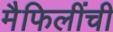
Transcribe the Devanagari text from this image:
मैफिलींची